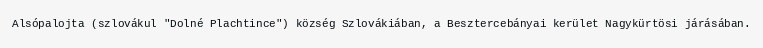
Alsópalojta (szlovákul "Dolné Plachtince") község Szlovákiában, a Besztercebányai kerület Nagykürtösi járásában.